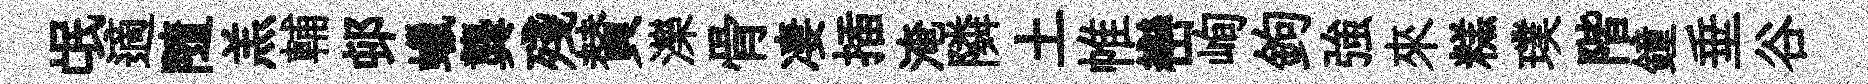
氓適隨羔輔邨蠟龔殘賛濼骨凄插淹隣土帷巒峋鉤強來糕璞階鐘垂谷